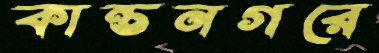
কান্তনগরে